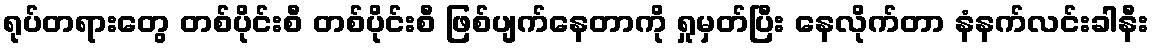
ရုပ်တရားတွေ တစ်ပိုင်းစီ တစ်ပိုင်းစီ ဖြစ်ပျက်နေတာကို ရှုမှတ်ပြီး နေလိုက်တာ နံနက်လင်းခါနီး